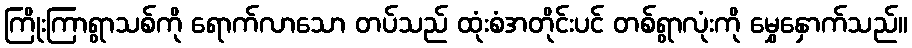
ကြိုးကြာရွာသစ်ကို ရောက်လာသော တပ်သည် ထုံးစံအတိုင်းပင် တစ်ရွာလုံးကို မွှေနှောက်သည်။